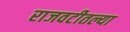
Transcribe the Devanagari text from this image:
राजवटीतल्या